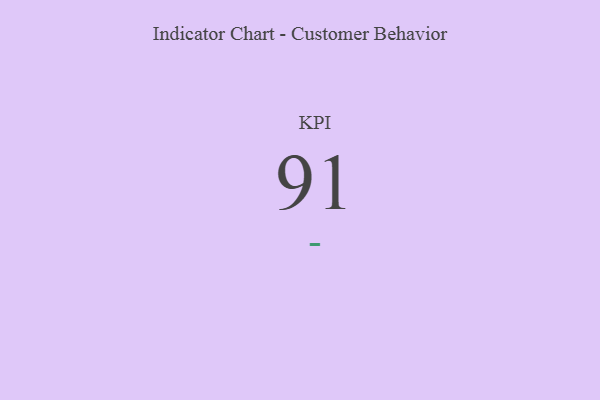
{"axis": {"x": "KPI", "y": "Value"}, "legend": [""], "data": [{"x": "KPI", "y": 91, "type": ""}]}